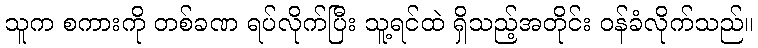
သူက စကားကို တစ်ခဏ ရပ်လိုက်ပြီး သူ့ရင်ထဲ ရှိသည့်အတိုင်း ဝန်ခံလိုက်သည်။